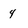
Character: 4